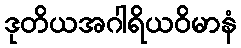
ဒုတိယအဂါရိယဝိမာနံ